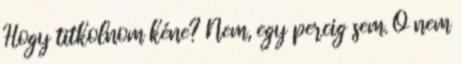
Hogy titkolnom kéne? Nem, egy percig sem. Ő nem